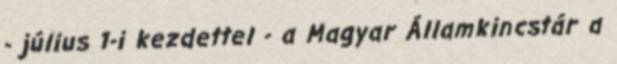
- július 1-i kezdettel - a Magyar Államkincstár a